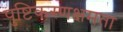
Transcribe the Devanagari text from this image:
पुष्टिकरणक्षमता